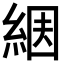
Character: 𦀶